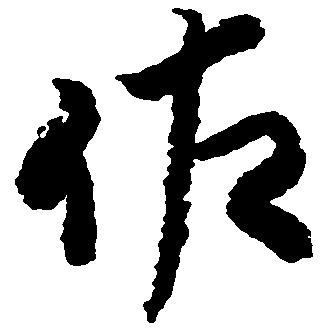
佐